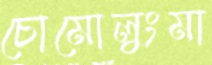
চোমোলুংমা